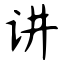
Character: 讲